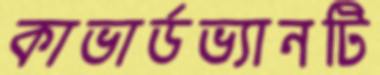
কাভার্ডভ্যানটি